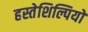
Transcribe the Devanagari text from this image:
हस्तेशिल्पियों